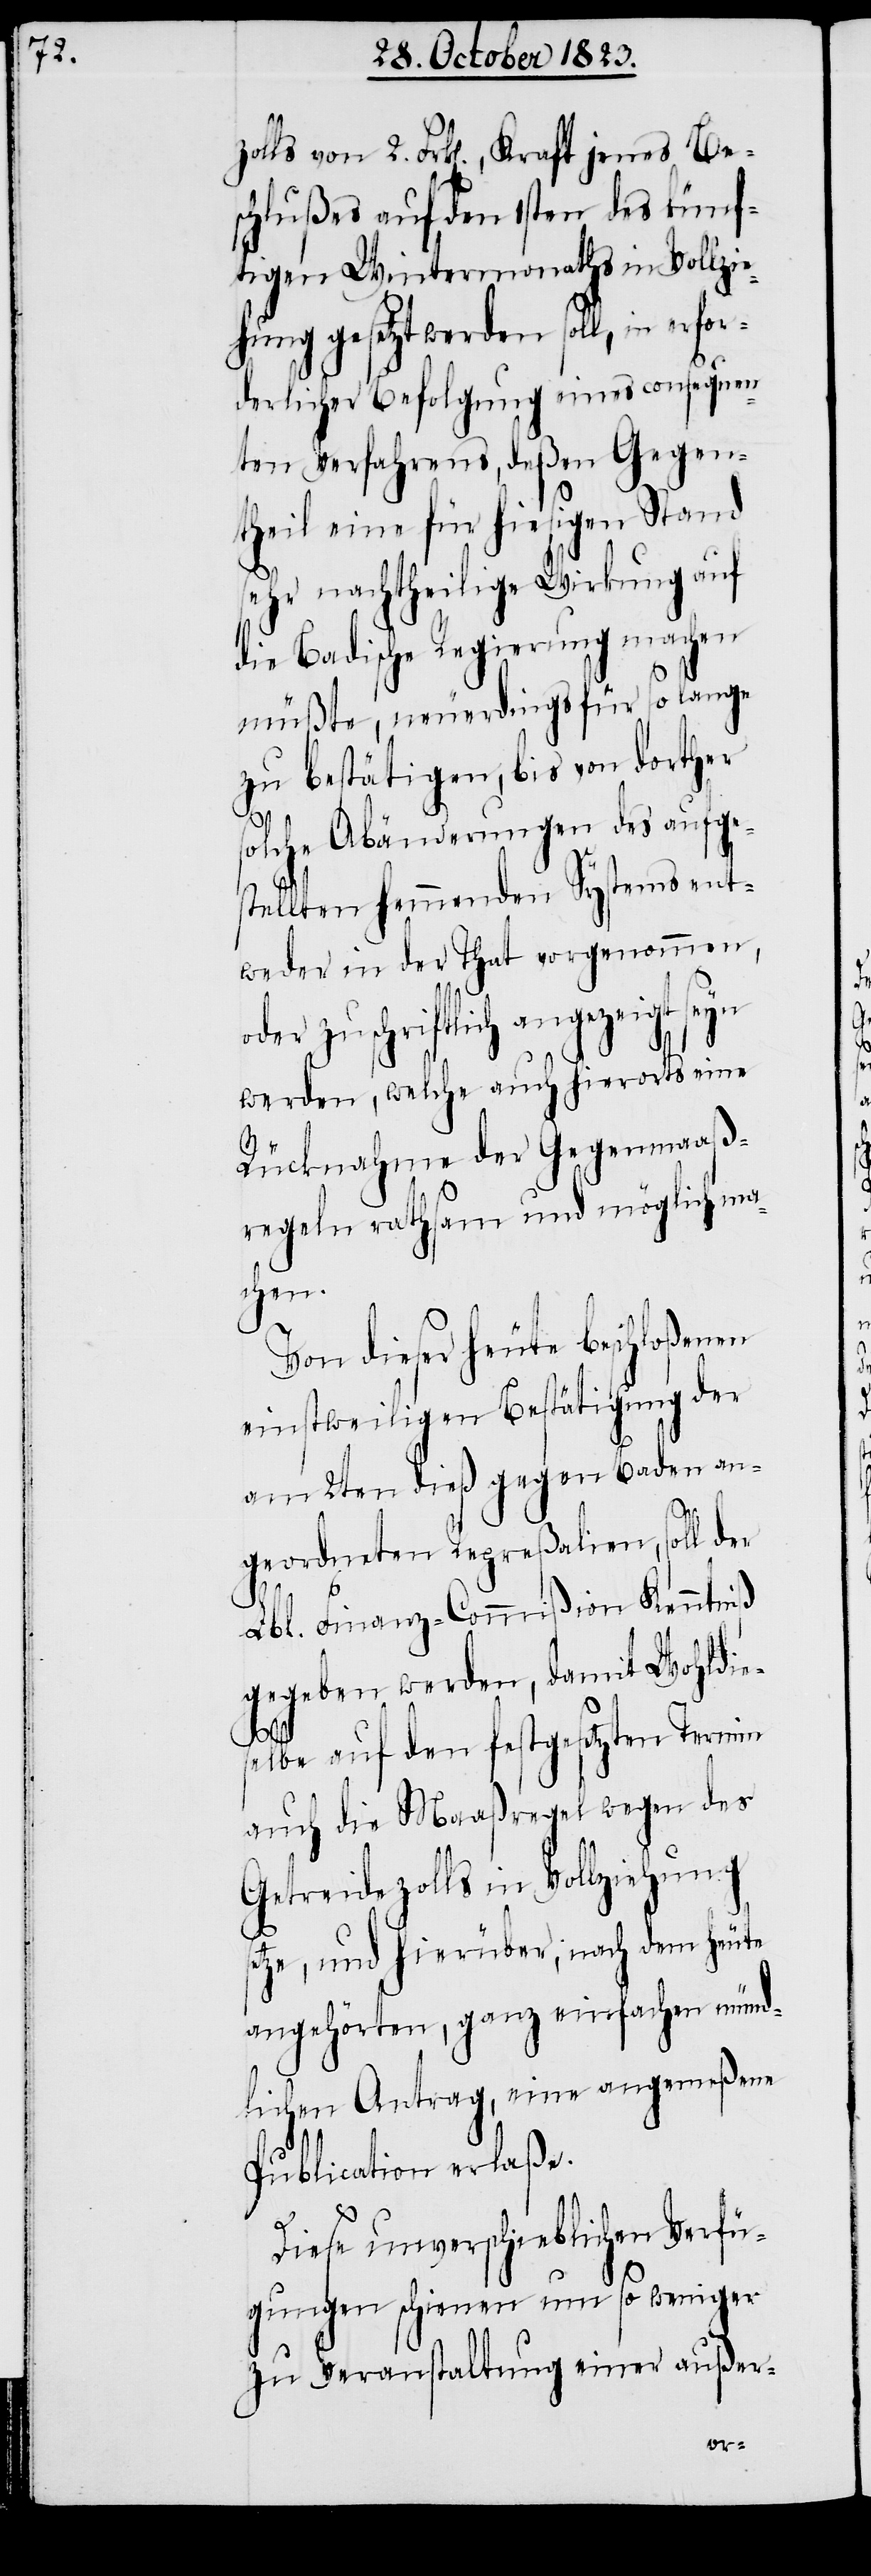
zolls von 2. Frk[en]., Kraft jenes Be¬
schlußes auf den 1sten des künf¬
tigen Wintermonaths in Vollzie¬
hung gesetzt werden soll, in er¬
derlicher Befolgung eines consequen¬
ten Verfahrens, deßen Gegen¬
theil eine für hiesigen Stand
sehr nachtheilige Wirkung auf
die Badische Regierung machen
müßte, neuerdings für so lange
zu bestätigen, bis von dorther
solche Abänderungen des aufge¬
stellten hemmenden Systems ent¬
weder in der That vorgenommen,
oder zuschriftlich angezeigt seyn
werden, welche auch hierorts eine
Rücknahme der Gegenmaaß¬
regeln rathsam und möglich ma¬
chen.
Von dieser heute beschloßenen
einstweiligen Bestätigung der
am 2ten dieß gegen Baden an¬
geordneten Repreßalien, soll der
Lbl. Finanz-Commißion Kenntniß
gegeben werden, damit Wohldie¬
selbe auf den festgesetzten Termin
auch die Maaßregel wegen des
Getreidezolls in Vollziehung
setze, und hierüber, nach dem heute
angehörten, ganz einfachen münd¬
lichen Antrag, eine angemeßene
Publication erlaße.
Diese unverschieblichen Verfü¬
gungen schienen um so weniger
zu Veranstaltung einer außer-
for¬